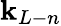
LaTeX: \mathbf{k}_{L-n}